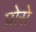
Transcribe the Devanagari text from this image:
प्रोसे